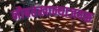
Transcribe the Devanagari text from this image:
नौबतखान्याजवळ